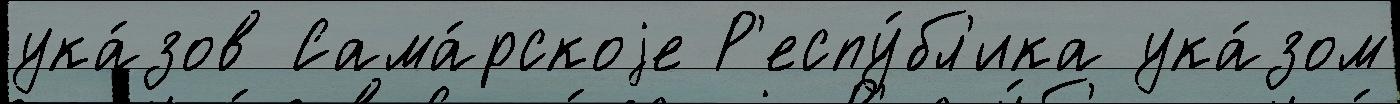
ука́зов Сама́рскоjе Р'еспу́бл'ика ука́зом